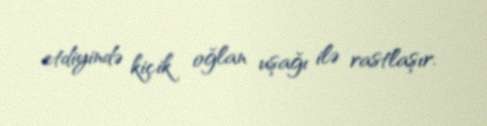
etdiyində kiçik oğlan uşağı ilə rastlaşır.